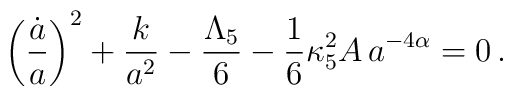
\left(\frac{\dot a}{a}\right)^2 +\frac{k}{a^2} -\frac{\Lambda_5}{6} -\frac{1}{6}\kappa^2_5A\,a^{-4\alpha} = 0 \, .